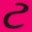
ટ